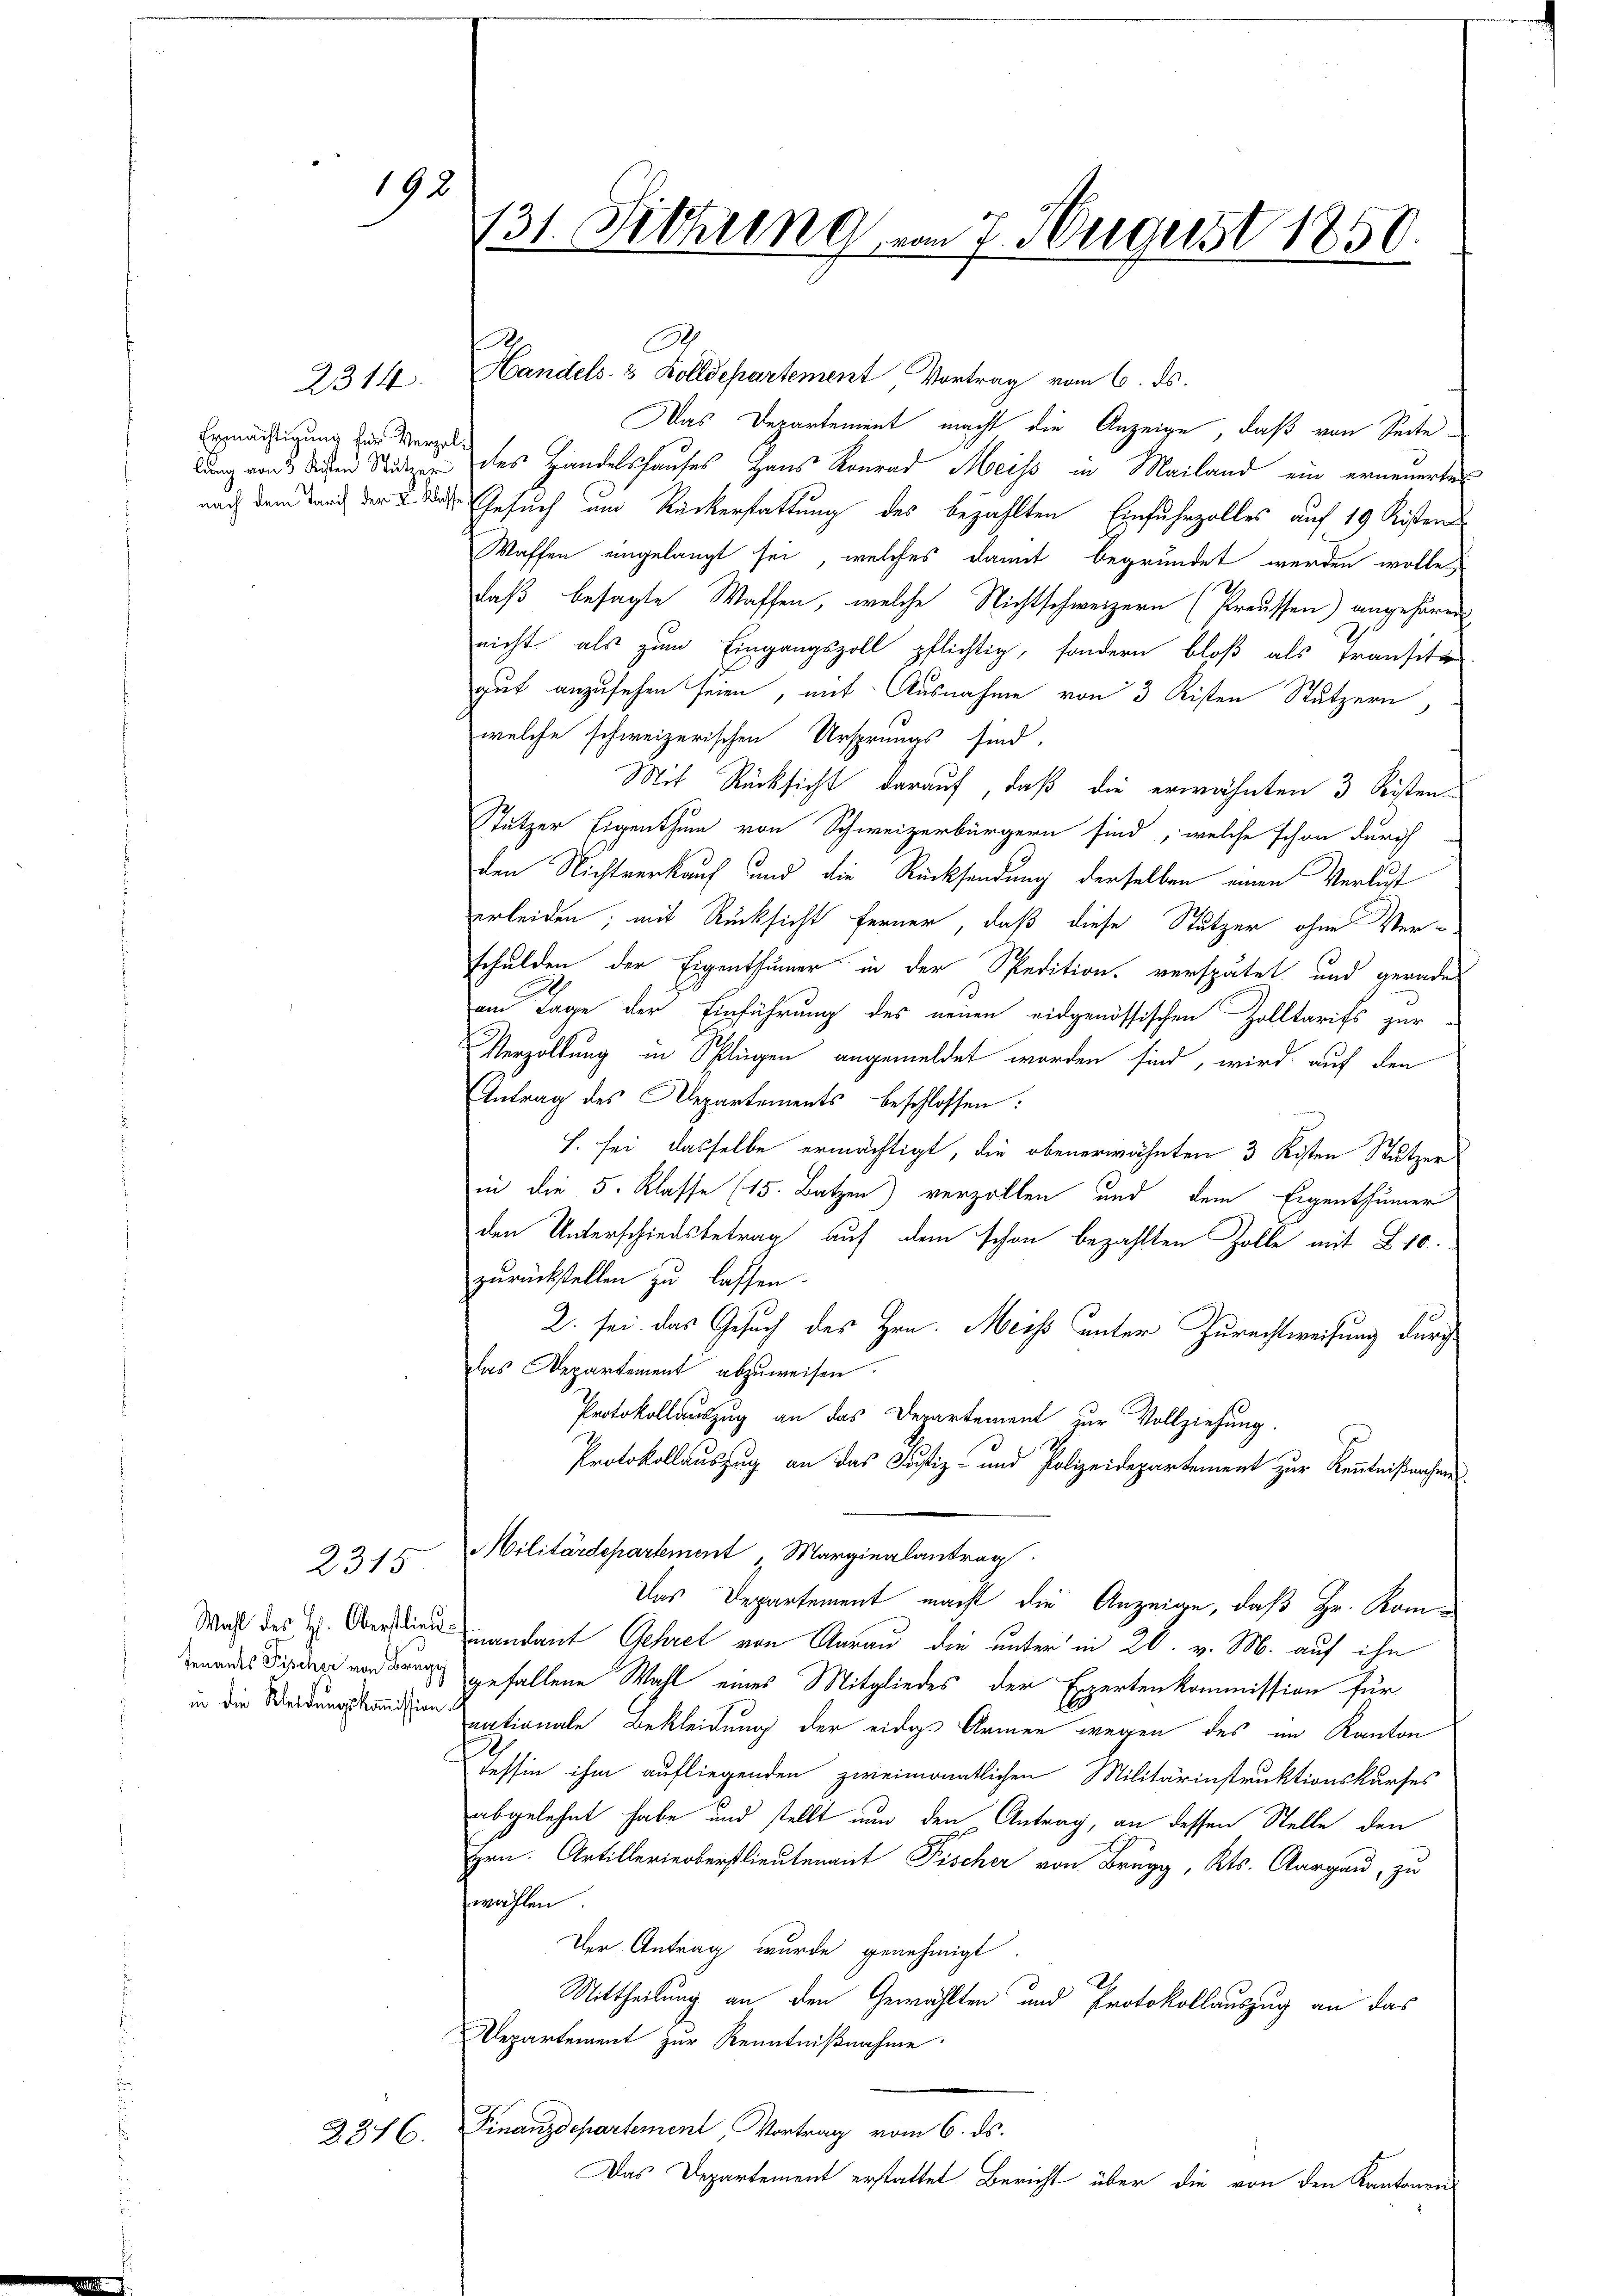
2314.

Ermächtigung für Verzel¬

2315

2376.

198

9
Handels- & Zolldepartement Vortrag vom 6. ds.
Das Departement macht die Anzeige, daß von Seitelung von den Studes Handelshauses Haus Konrad Meiss in Mailand ein erneuertes
nach dem Band der 2 des Gesuch und Rückerstattung des bezahlten Einfuhrzolles auf 19 Kistens
Waffen eingelangt sei, welches damit begründet werden wolle
daß besagte Waffen, welche Nichtschweizern (Preussen) angehören
nicht als zum Eingangszoll pflichtig, sondern bloß als Transito
gut anzusehen seien, mit Ausnahme von 3 Kisten Stutzern
welche schweizerischen Ursprungs sind.
Mit Rücksicht darauf, daß die erwähnten 3 Kisten¬
Stützer Eigenthum von Schweizerbürgern sind, welche schon Zürich
den Nichtverkauf und die Rücksendung derselben einen Verlust
erleiden; mit Rücksicht ferner, daß diese Stutzer ohne Ver-
schulden der Eigenthümer in der Spedition, verspätet und gerade
am Tage der Einführung des neuen eidgenössischen Zolltarifs zur
Verzöllung in Splügen angemeldet worden sind, wird auf den
Antrag des Departements beschlossen:
h. sei, dasselbe ermächtigt, die obenerwähnten 3 Kisten Stutzer
in die 5. Klasse (15. Batzen) verzollen und dem Eigenthümer
den Unterschiedsbetrag auf dem schon bezahlten Zolle mit 10.
zurückstellen zu lassen.
2. sei das Gesuch des Hrn. Meiss unter Zurechtweisung durch
das Departement abzuweisen.
Protokollauszug an das Departement zur Vollziehung.
Protokollauszug an das Justiz- und Polizeidepartement zur Kenntnißnahen
Militärdepartement "Marginalantrag
Das Departement macht die Anzeige, daß Hr. Kom¬
Wal des H. Oberstin mandant Gehret von Aarau die unter in 20. v. M. auf ihn
eandes Piperer vorderung gefallene Wahl eines Mitgliedes der Expertenkommission für
in die Weidungsstandern nationale Bekleidung der eidige Armen wegen des im Kanton
Tessin ihm aufliegenden zweimonatlichen Militärinstruktionskurses
abgelehnt habe und stellt nun den Antrag, an dessen Stelle den
Hrn. Artillerinoberstlieutenant Fischer von Brugg, Kts. Aargau, zu
wählen
Der Antrag wurde genehmigt.
Mittheilung an den Gewählten und Protokollauszug an das
Departement zur Kenntnißnahme.
Finanzdepartement, Vortrag vom 6. ds.
Das Departement erstattet Bericht über die von den Kantonen

131. Sitzung vom 7. August 1850.
—

.